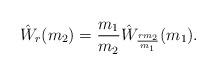
LaTeX: \begin{align*}\hat W_r(m_2) = \frac{m_1}{m_2}\hat W_{\frac{rm_2}{m_1}}(m_1).\end{align*}